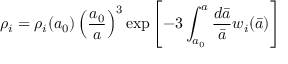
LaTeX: \rho _ { i } = \rho _ { i } ( a _ { 0 } ) \left( \frac { a _ { 0 } } { a } \right) ^ { 3 } \exp \left[ - 3 \int _ { a _ { 0 } } ^ { a } \frac { d \bar { a } } { \bar { a } } w _ { i } ( \bar { a } ) \right]